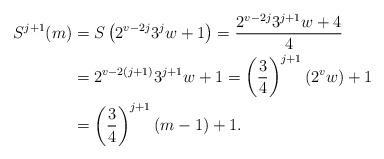
LaTeX: \begin{align*}S^{j+1}(m) & = S\left( 2^{v-2j} 3^j w + 1\right) = \frac{ 2^{v-2j} 3^{j+1} w + 4}{4} \\& = 2^{v-2(j+1)} 3^{j+1} w +1 = \left(\frac{3}{4}\right)^{j+1} (2^v w)+1 \\& = \left(\frac{3}{4}\right)^{j+1} (m-1)+1. \end{align*}